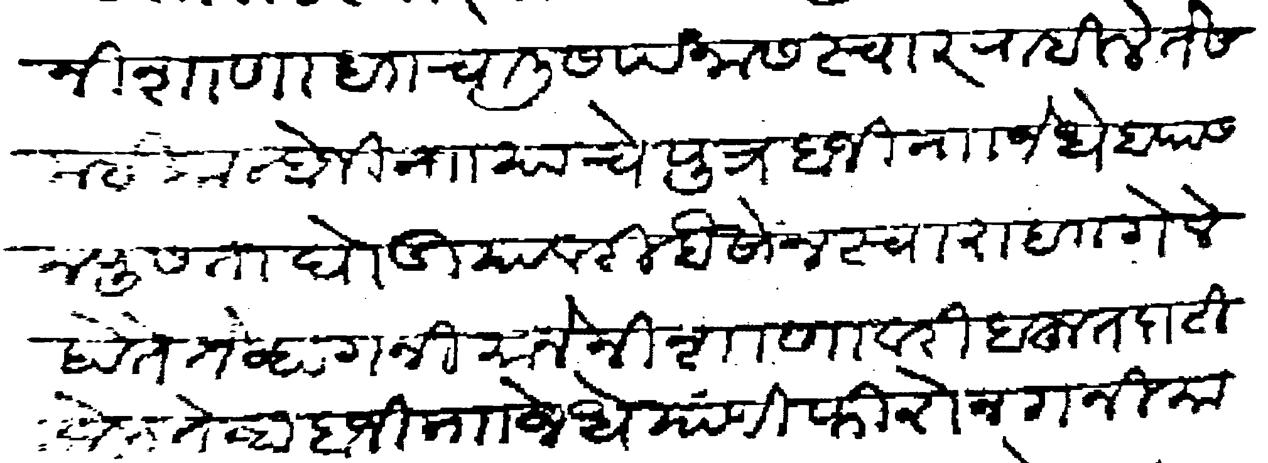
Transliteration (Devanagari): निशाणा बाा चालीस पंनास स्वार राहिले ते समई कान्होजी नाा याचे पुत्र बाजी नाा जेधे बापास न पुसता घोडियावरी बैसोन स्वारा बाा गेले होते तेव्हा गनिमाने निशाणावरी बहूत दाटी केली तेव्हा बाजी नाा जेधे यांणी फिरोन गनिमाच्या